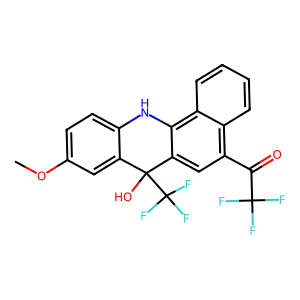
SMILES: COc1ccc2c(c1)C(O)(C(F)(F)F)c1cc(C(=O)C(F)(F)F)c3ccccc3c1N2
Inhibits HIV replication: No